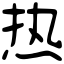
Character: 热